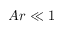
A r \ll 1